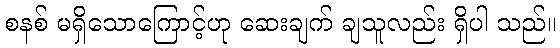
စနစ် မရှိသောကြောင့်ဟု ဆေးချက် ချသူလည်း ရှိပါ သည်။